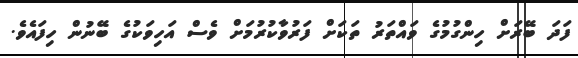
ފަދަ ބޭރަށް ހިންގުމުގެ ވައްތަރު ތަކަށް ފަރުވާކުރުމަށް ވެސް އަހިވަކުގެ ބޭނުން ހިފައެވެ.